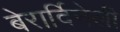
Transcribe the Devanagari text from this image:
बेरार्दिनेली